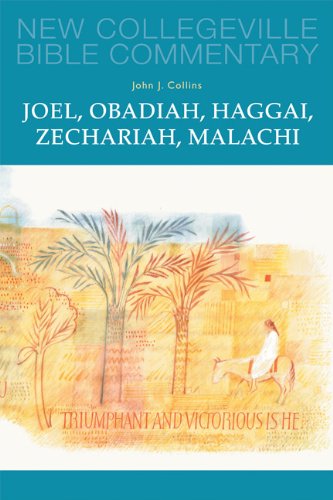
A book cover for Joel, Obadiah, Haggai, Zechariah, Malachi: Volume 17 (NEW COLLEGEVILLE BIBLE COMMENTARY: OLD TESTAMENT); John J. Collins; Christian Books & Bibles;